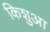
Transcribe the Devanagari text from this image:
किशुआ